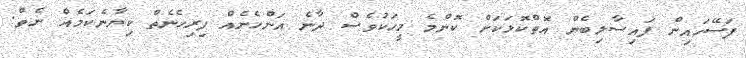
ފަސޭހައިން ފައިސާލިބެން އޮތްކޮޅަކަށް ކޮންމެ މީހަކުވެސް ދާނެ އަންހެނެއް ފިރިހެނެތް ކިޔާނެކަމެއް ނެތް.